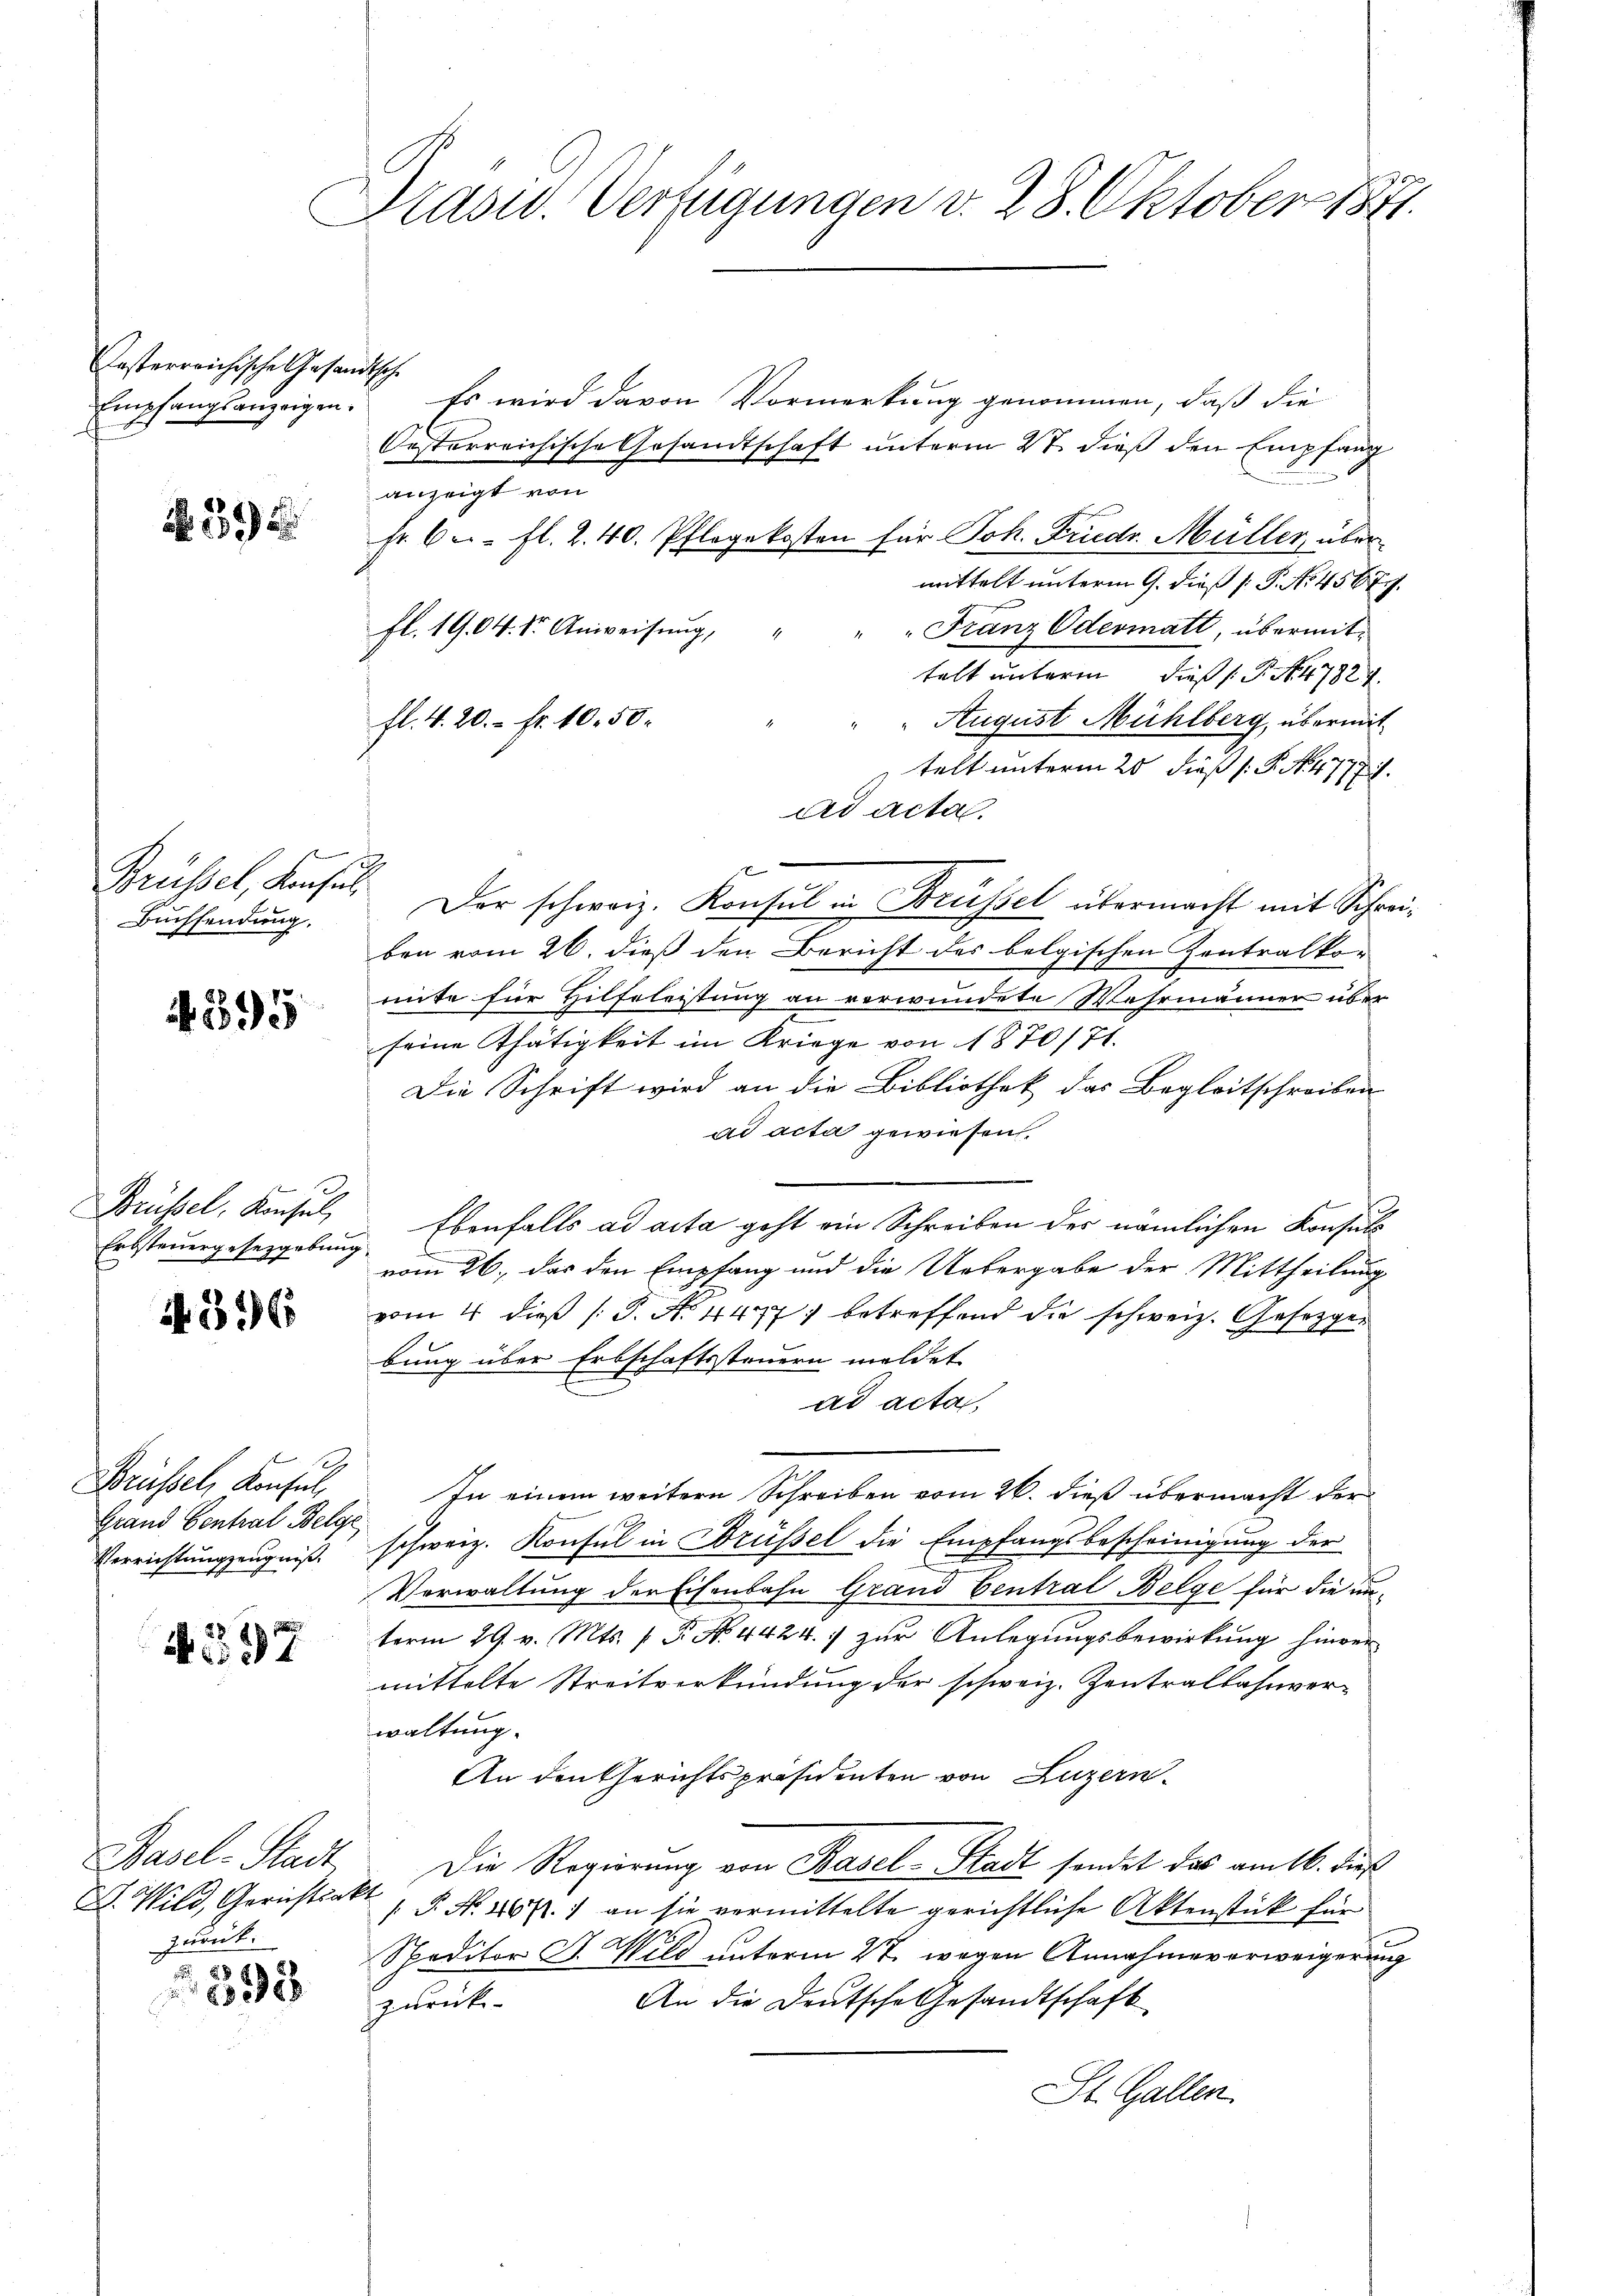
asterreichische Gesandt
Empfangsanzeigen.

595

Brüssel, Konsul,
Buchsendung,

N 395

Brüssel, Konsul,
Erbsteuergesetzgebung

4526

Brüssel, Konsul
Grand Central Belge
Verrichtungzeugniß,

A. 297

7

Basel-Stadt
B. Wild, Gerichtsakt
zurück.
888

1888

Präsid. Verfügungen v. 28. Oktober 1871.

.
Es wird davon Vormerkung genommen, daß die
Oesterreichische Gesandtschaft unterm 27. dieß den Empfang
anzeigt von
Fr. 6. fl. 2. 40. Pflegekosten für Joh. Frudr. Müller über
mittelt unterm 9. dieß (: P. No. 4567.
" " Franz Odermatt, übermitfl. 1904. Str. Anweisung,
telt unterm dieß (S. 47822.
fl. 4. 20.- Fr. 10,50
August Mühlberg, übermit
telt unterm 25. dieß (: P. N. 477.
ad acta.
x
ben vom 26. dieß den Bericht des belgischen Zentralkomite für Hilfeleistung an verwundete Wehrmänner über
seine Thätigkeit im Kriege von 1870/71.
Die Schrift wird an die Bibliothek das Begleitschreiben
ad acta gewiesen.
Ebenfalls ad acta geht ein Schreiben des nämlichen Konsuls
.
vom 26. das den Empfang und die Uebergabe der Mittheilung
vom 4 dieß (: P. N. 4477; betreffend die schweiz. Gesetzger
bung über Erbschaftssteuern meldet
ad acta.
In einem weitern Schreiben vom 26. dieß übermacht der
schweiz. Konsul in Brüssel die Empfangsbescheinigung der
Vorwaltung der Eisenbahn Grand Central Belge für die unterm 29. v. Mts. (T. No. 4424. zŭr Anlegungsbewirkung hinver
mittelte Streitverkündung der schweiz. Zentralbahnverwaltung.
An den Gerichtspräsidenten von Luzern
Die Regierung von Basel-Stadt sondet das am 16. dieß
 P. Nr. 207. an sie vermittelte gerichtliche Aktenstück für
Speditor J. Wild unterm 2t. wegen Annahmeverweigerung
An die Deutsche Gesandtschaft
zurück¬
St. Gallen.

Der schweiz. Konsul in Brüssel übermacht mit Schrei¬